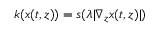
k ( x ( t , z ) ) = s ( \lambda | \nabla _ { z } x ( t , z ) | )